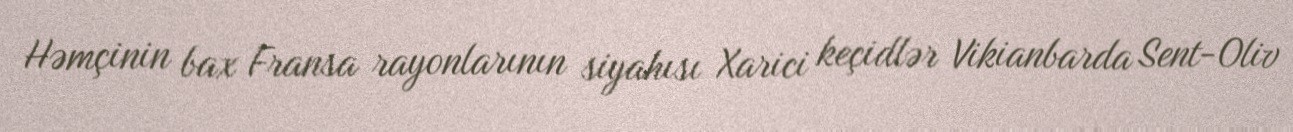
Həmçinin bax Fransa rayonlarının siyahısı Xarici keçidlər Vikianbarda Sent-Oliv